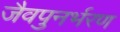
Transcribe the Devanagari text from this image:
जैवपुनर्भरण